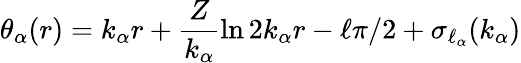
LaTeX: \theta_{\alpha}(r)=k_{\alpha}r+\frac{Z}{k_{\alpha}}\ln 2k_{\alpha}r-\ell\pi/2+\sigma_{\ell_{\alpha}}(k_{\alpha})